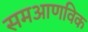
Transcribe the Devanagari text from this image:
समआणविक